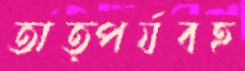
তাত্পর্যবহ